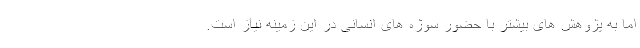
اما به پژوهش های بیشتر با حضور سوژه های انسانی در این زمینه نیاز است.